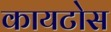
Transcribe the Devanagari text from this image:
कायटोस